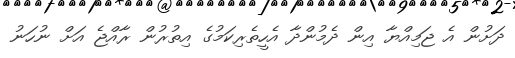
ދަށުން އެ ޖަމިއްޔާ އިން ދެމުންދާ އެހީތެރިކަމުގެ އިތުރުން ރާއްޖެ އަށް ނުހަނު